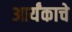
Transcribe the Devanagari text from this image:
आर्यंकाचे